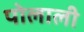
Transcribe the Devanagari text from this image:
पोलाली